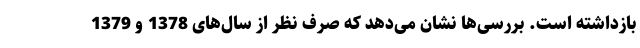
بازداشته است. بررسی‌ها نشان می‌‌دهد که صرف نظر از سال‌های 1378 و 1379